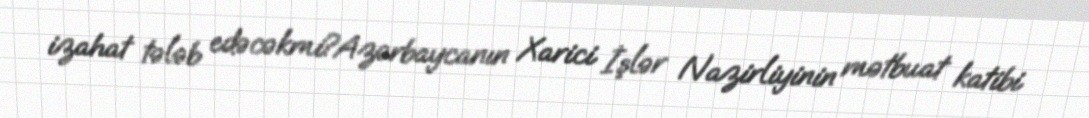
izahat tələb edəcəkmi?Azərbaycanın Xarici İşlər Nazirliyinin mətbuat katibi